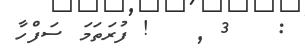
:   3